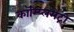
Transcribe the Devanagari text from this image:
कॉम्‍प्‍लिमेंट्री